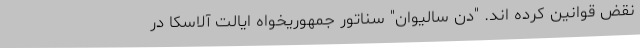
نقض قوانین کرده اند. "دن سالیوان" سناتور جمهوریخواه ایالت آلاسکا در